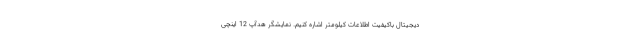
دیجیتال باکیفیت اطلاعات کیلومتر اشاره کنیم. نمایشگر هدآپ 12 اینچی